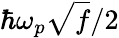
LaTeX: \hbar\omega_{p}\sqrt{f}/2